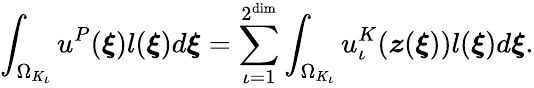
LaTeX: \int_{\Omega_{K_{\iota}}}u^{P}(\boldsymbol{\xi})l(\boldsymbol{\xi})d\boldsymbol{\xi}=\sum_{\iota=1}^{2^{\dim}}\int_{\Omega_{K_{\iota}}}u_{\iota}^{K}(\boldsymbol{z}(\boldsymbol{\xi}))l(\boldsymbol{\xi})d\boldsymbol{\xi}.